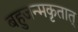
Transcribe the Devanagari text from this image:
बहुजन्मकृतात्